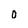
Character: 0